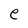
Character: e